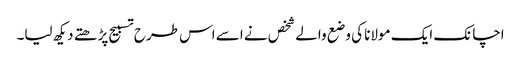
اچانک ایک مولانا کی وضع والے شخص نے اسے اس طرح تسبیح پڑھتے دیکھ لیا۔